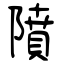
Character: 隫